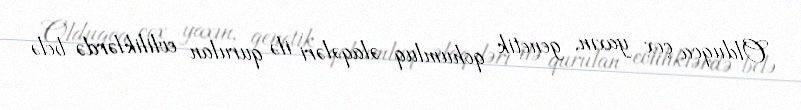
Olduqca çox yaxın, genetik qohumluq əlaqələri ilə qurulan evliliklərdə belə